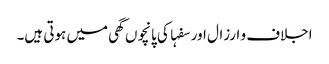
اجلاف و ارزال اور سفہا کی پانچوں گھی میں ہوتی ہیں۔